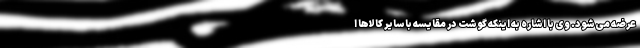
عرضه می‌شود. وی با اشاره به اینکه گوشت در مقایسه با سایر کالاها ا